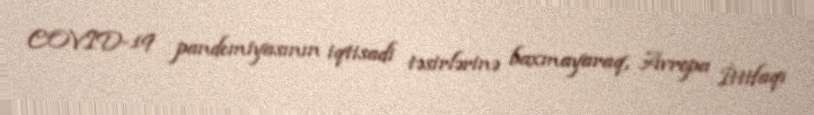
COVID-19 pandemiyasının iqtisadi təsirlərinə baxmayaraq, Avropa İttifaqı